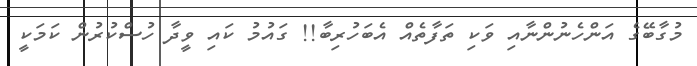
މުގާބޭގެ އަންހެނުންނާއި ވަކި ތަފާތެއް އެބަހުރިބާ!! ގައުމު ކައި ވީދާ ހުސްކުރުން ކަމަކީ